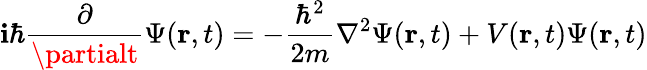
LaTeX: \mathbf{i}\hbar{\frac{{\partial}}{{\partialt}}}\Psi(\mathbf{{r}},t)=-{\frac{{\hbar^{2}}}{{2m}}}\nabla^{2}\Psi(\mathbf{{r}},t)+V(\mathbf{{r}},t)\Psi(\mathbf{{r}},t)